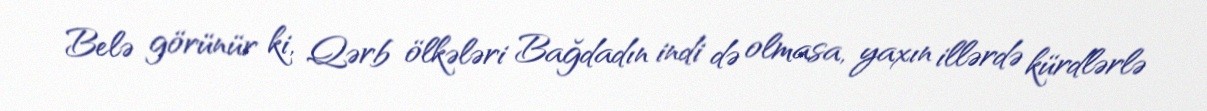
Belə görünür ki, Qərb ölkələri Bağdadın indi də olmasa, yaxın illərdə kürdlərlə